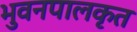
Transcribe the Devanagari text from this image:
भुवनपालकृत